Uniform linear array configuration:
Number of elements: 16
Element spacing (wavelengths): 0.75
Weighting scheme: kaiser
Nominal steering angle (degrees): -60
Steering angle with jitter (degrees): -58.898
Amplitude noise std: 0.05
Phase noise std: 0.05

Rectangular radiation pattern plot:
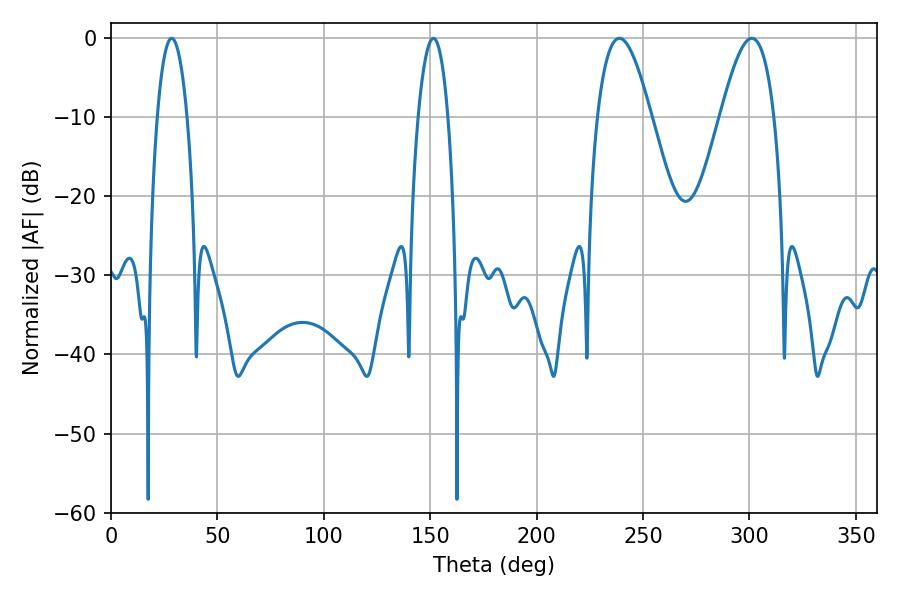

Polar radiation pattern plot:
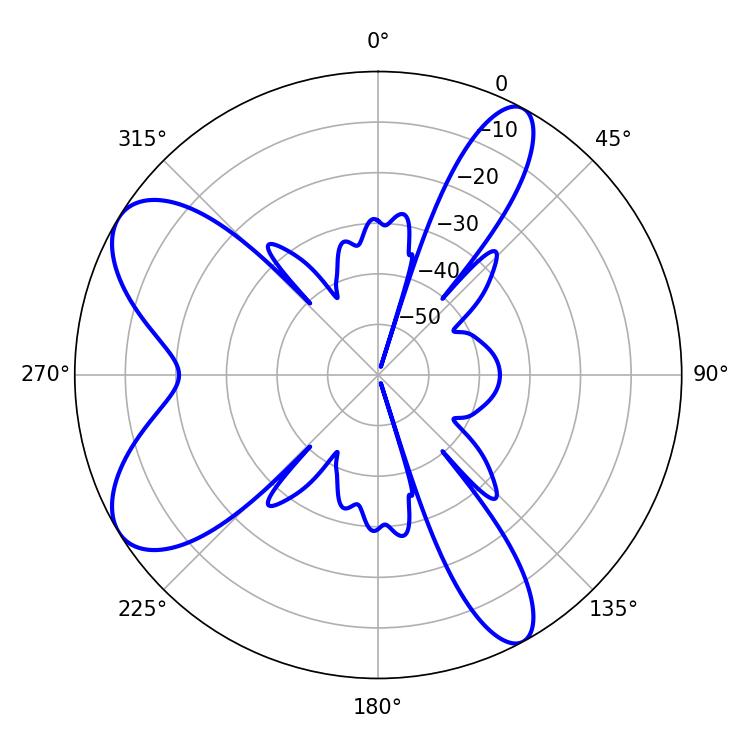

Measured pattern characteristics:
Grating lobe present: TRUE
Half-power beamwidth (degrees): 13.68
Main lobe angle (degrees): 238.86